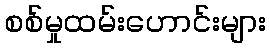
စစ်မှုထမ်းဟောင်းများ